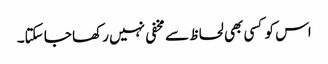
اس کو کسی بھی لحاظ سے مخفی نہیں رکھا جا سکتا۔